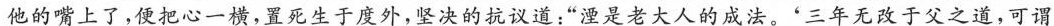
他的嘴上了,便把心一横,置死生于度外,坚决的抗议道，“湮是老大人的成法。‘三年无改于父之道,可谓